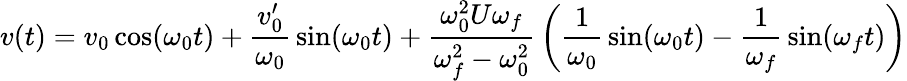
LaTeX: v(t)=v_{0}\cos(\omega_{0}t)+{\frac{v_{0}^{\prime}}{\omega_{0}}}\sin(\omega_{0}t)+{\frac{\omega_{0}^{2}U\omega_{f}}{\omega_{f}^{2}-\omega_{0}^{2}}}\left({\frac{1}{\omega_{0}}}\sin(\omega_{0}t)-{\frac{1}{\omega_{f}}}\sin(\omega_{f}t)\right)